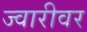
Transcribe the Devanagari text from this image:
ज्वारीवर